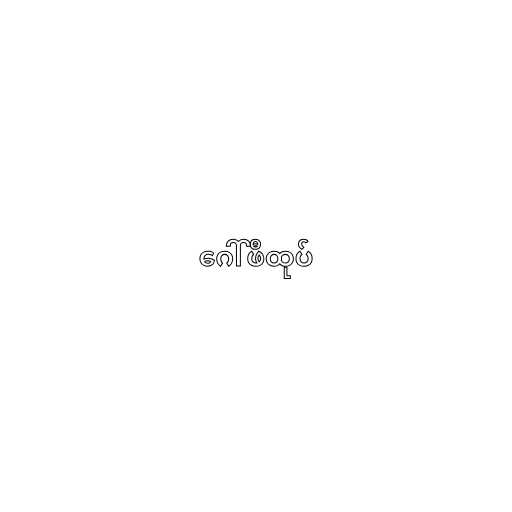
ဂေါ်ဖီထုပ်